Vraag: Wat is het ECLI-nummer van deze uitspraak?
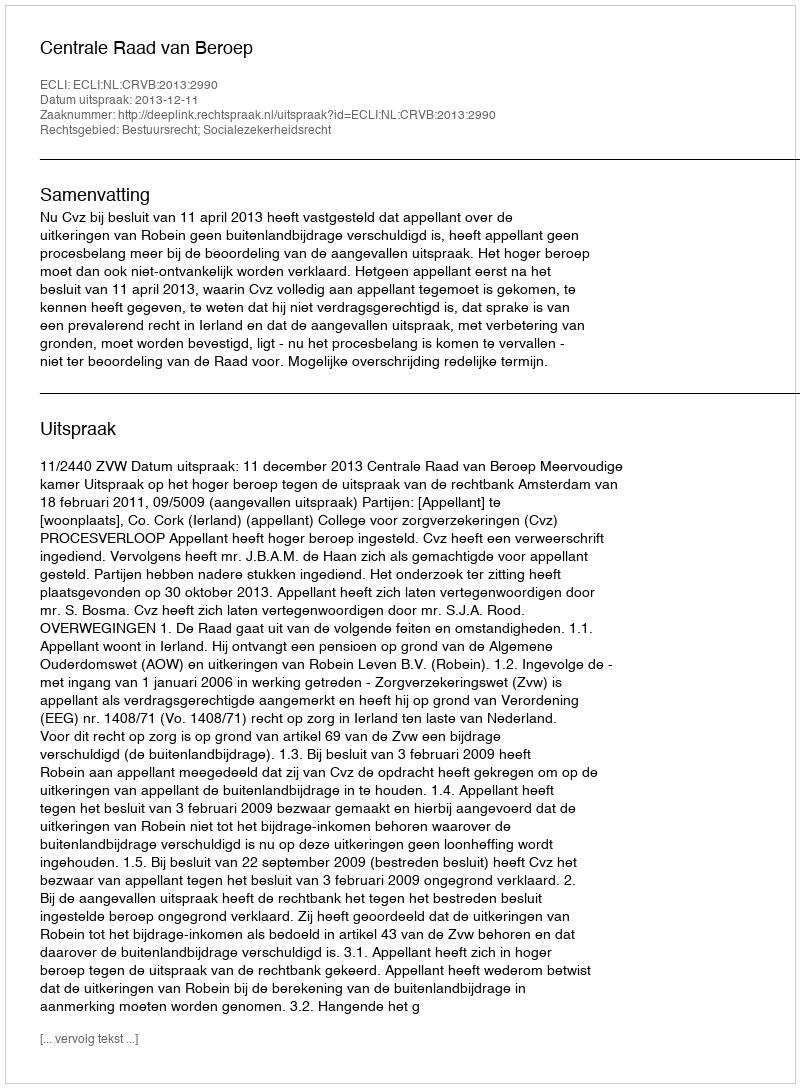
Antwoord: ECLI:NL:CRVB:2013:2990